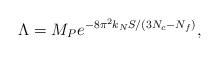
LaTeX: \begin{align*}\Lambda = M_P e^{-8\pi^2 k_N S/(3N_c-N_f)}, \end{align*}